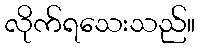
လိုက်ရသေးသည်။